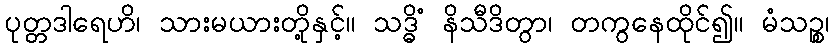
ပုတ္တဒါရေဟိ၊ သားမယားတို့နှင့်။ သဒ္ဓိံ နိသီဒိတွာ၊ တကွနေထိုင်၍။ မံသဉ္စ၊